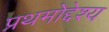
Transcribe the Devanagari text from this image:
प्रथमोद्देश्य